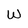
Character: W